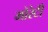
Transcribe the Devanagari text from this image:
मोरेटी